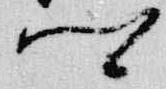
卿